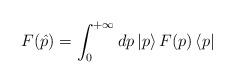
LaTeX: \begin{align*}F(\hat p)=\int_0^{+\infty}dp\,|p\rangle \,F(p)\,\langle p|\end{align*}